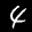
Label: 4